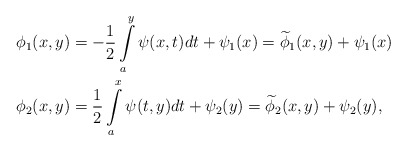
\begin{align*}&\phi_1(x,y) = -\frac{1}{2} \int\limits_a^y \psi(x,t)dt + \psi_1(x)= \widetilde{\phi}_1(x,y) + \psi_1(x)~~\\&\phi_2(x,y) = \frac{1}{2} \int\limits_a^x \psi(t,y)dt + \psi_2(y)= \widetilde{\phi}_2(x,y) + \psi_2(y),\end{align*}